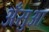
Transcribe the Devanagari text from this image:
अँसुआ